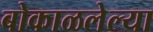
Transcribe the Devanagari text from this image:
बोकाळलेल्या